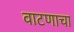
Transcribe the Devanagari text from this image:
वाटणाचा